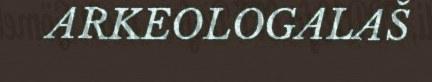
ARKEOLOGALAŠ